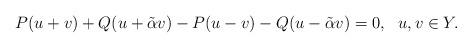
LaTeX: \begin{align*}P(u+v)+Q(u+\tilde\alpha v)-P(u-v)-Q(u-\tilde\alpha v)=0, \ \ u, v\in Y.\end{align*}